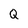
Character: Q